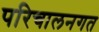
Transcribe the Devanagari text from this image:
परिचालनगत